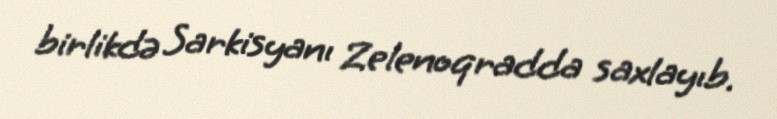
birlikdə Sarkisyanı Zelenoqradda saxlayıb.